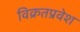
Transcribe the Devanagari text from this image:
विक्रतप्रवेश